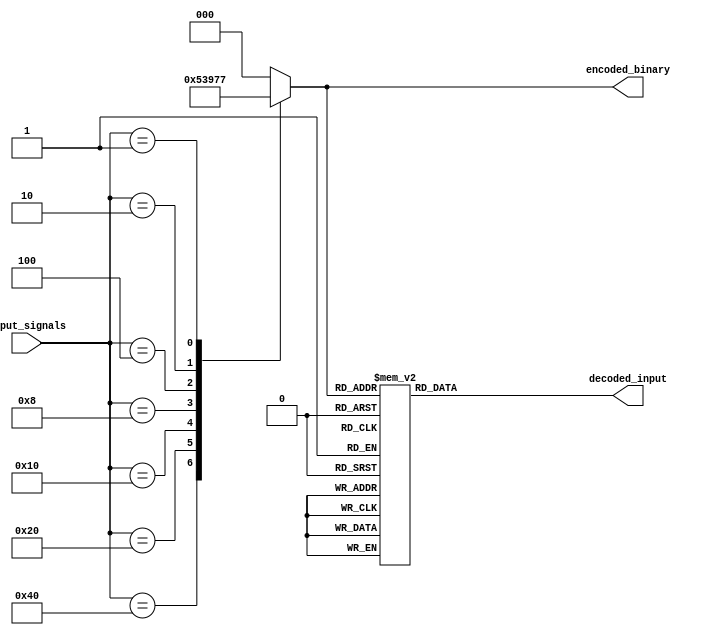
module priority_encoder_decoder (
    input [7:0] input_signals,
    output reg [2:0] encoded_binary,
    output reg [7:0] decoded_input
);

always @* begin
    case(input_signals)
        8'b10000000: encoded_binary = 3'b000;
        8'b01000000: encoded_binary = 3'b001;
        8'b00100000: encoded_binary = 3'b010;
        8'b00010000: encoded_binary = 3'b011;
        8'b00001000: encoded_binary = 3'b100;
        8'b00000100: encoded_binary = 3'b101;
        8'b00000010: encoded_binary = 3'b110;
        8'b00000001: encoded_binary = 3'b111;
        default: encoded_binary = 3'b000;
    endcase
end

always @* begin
    case(encoded_binary)
        3'b000: decoded_input = 8'b10000000;
        3'b001: decoded_input = 8'b01000000;
        3'b010: decoded_input = 8'b00100000;
        3'b011: decoded_input = 8'b00010000;
        3'b100: decoded_input = 8'b00001000;
        3'b101: decoded_input = 8'b00000100;
        3'b110: decoded_input = 8'b00000010;
        3'b111: decoded_input = 8'b00000001;
        default: decoded_input = 8'b00000000;
    endcase
end

endmodule